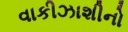
વાકીઝાશીનો